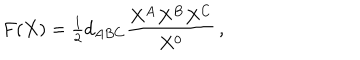
LaTeX: F ( X ) = { \textstyle { \frac { 1 } { 2 } } } d _ { A B C } { \frac { X ^ { A } X ^ { B } X ^ { C } } { X ^ { 0 } } } \, ,